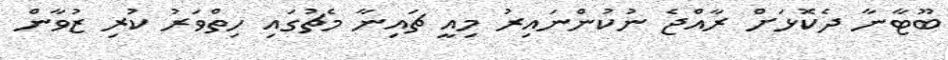
ބޫޓާނާ ދެކޮޅަށް ރާއްޖެ ނުކުންނައިރު މިއީ ޗައިނާ މެޗުގައި ހިތްވަރު ކުރި ޒުވާން